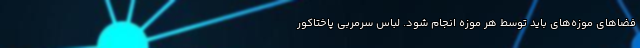
فضاهای موزه‌های باید توسط هر موزه انجام شود. لباس سرمربی پاختاکور